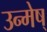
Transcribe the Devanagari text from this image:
उन्मेष्